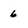
Character: 6